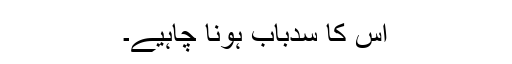
اس کا سدباب ہونا چاہیے۔